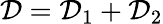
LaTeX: \mathcal{D}=\mathcal{D}_{1}+\mathcal{D}_{2}